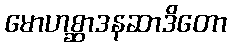
မောဟစ္ဆာဒနဆာဒိတော